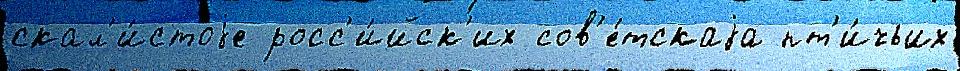
скал'и́стоjе росс'и́йск'их сов'е́тскаjа пт'и́чьих